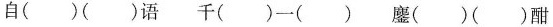
自( )( )语 千( ）一( ) 鏖( )( )酣